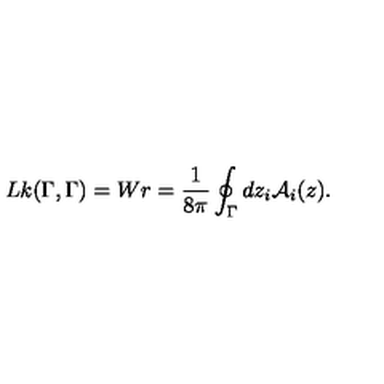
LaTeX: L k ( \Gamma , \Gamma ) = W r = \frac { 1 } { 8 \pi } \oint _ { \Gamma } d z _ { i } { \mathcal { A } } _ { i } ( z ) .